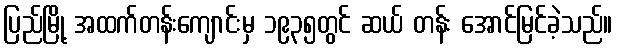
ပြည်မြို့ အထက်တန်းကျောင်းမှ ၁၉၃၅တွင် ဆယ် တန်း အောင်မြင်ခဲ့သည်။